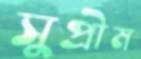
সুপ্রীম